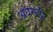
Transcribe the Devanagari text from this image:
अधसड़ी